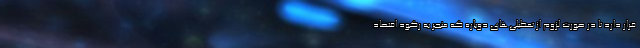
قرار دارد تا در صورت لزوم از تعطیلی‌های دوباره که منجر به رکود اقتصاد